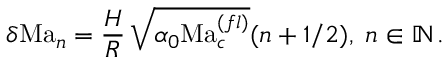
{ \delta \mathrm { M a } _ { n } = \frac { H } { R } \, \sqrt { \alpha _ { 0 } \mathrm { M a } _ { c } ^ { ( f l ) } } ( n + 1 / 2 ) , \; n \in \mathbb { N } } \, . \